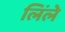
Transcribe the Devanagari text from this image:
लिंले